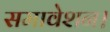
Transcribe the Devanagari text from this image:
समावेशन।